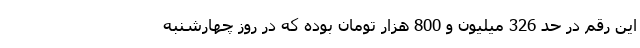
این رقم در حد 326 میلیون و 800 هزار تومان بوده که در روز چهارشنبه